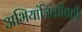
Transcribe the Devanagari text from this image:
अभियांत्रिकीतही